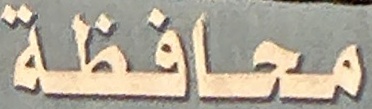
محافظة